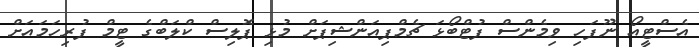
އެސްޓީއޯ ނޫފަހި ވިމެންސް ފުޓްބޯޅަ ޗެމްޕިއަންޝިޕަށް މުޅި ޕޮލިސް ކްލަބްގެ ޓީމް ފުރިހަމައަށް